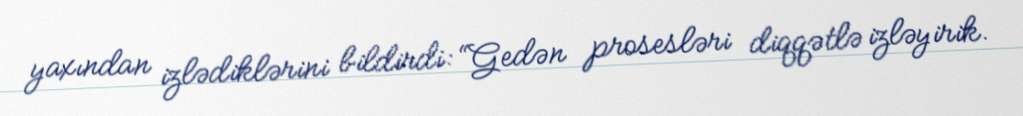
yaxından izlədiklərini bildirdi: “Gedən prosesləri diqqətlə izləyirik.